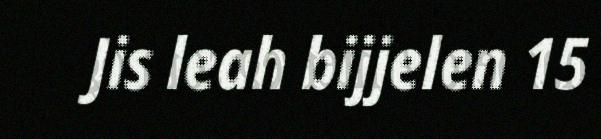
Jis leah bijjelen 15